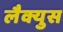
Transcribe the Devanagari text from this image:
लैक्युस